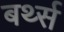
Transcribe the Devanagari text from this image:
बर्थ्स